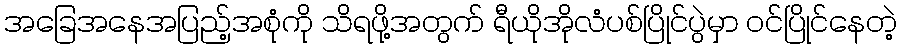
အခြေအနေအပြည့်အစုံကို သိရဖို့အတွက် ရီယိုအိုလံပစ်ပြိုင်ပွဲမှာ ဝင်ပြိုင်နေတဲ့